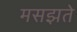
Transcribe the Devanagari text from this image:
मसझते